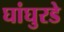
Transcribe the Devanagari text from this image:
घांघुरडे